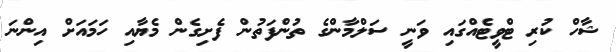
ޝާހް ކުރި ޓްވީޓެއްގައި ވަނީ ސަލްމާންގެ ތުންފަތުން ފެށިގެން މެޔާއި ހަމައަށް އިންނަ